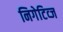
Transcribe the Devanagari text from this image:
निगेटिव्ज